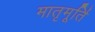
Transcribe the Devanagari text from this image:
मातृमूर्ति